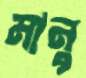
মানু